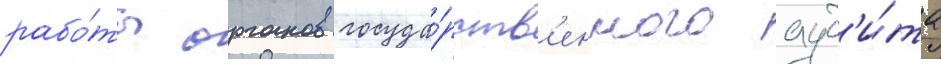
рабо́ты органов госуда́рств'енного ауд'и́та